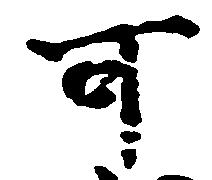
可